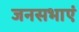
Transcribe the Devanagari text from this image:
जनसभाएं